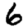
Digit: 6